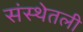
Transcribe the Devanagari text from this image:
संस्थेतली